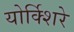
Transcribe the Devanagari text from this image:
योर्क्शिरे